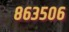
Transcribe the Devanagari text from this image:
८६३५०६